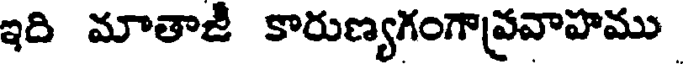
ఇది మాతాజీ కారుణ్యగంగావ్రవాహము